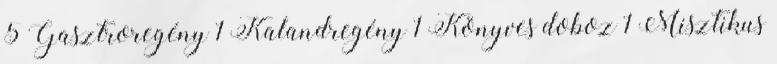
5 Gasztroregény 1 Kalandregény 1 Könyves doboz 1 Misztikus